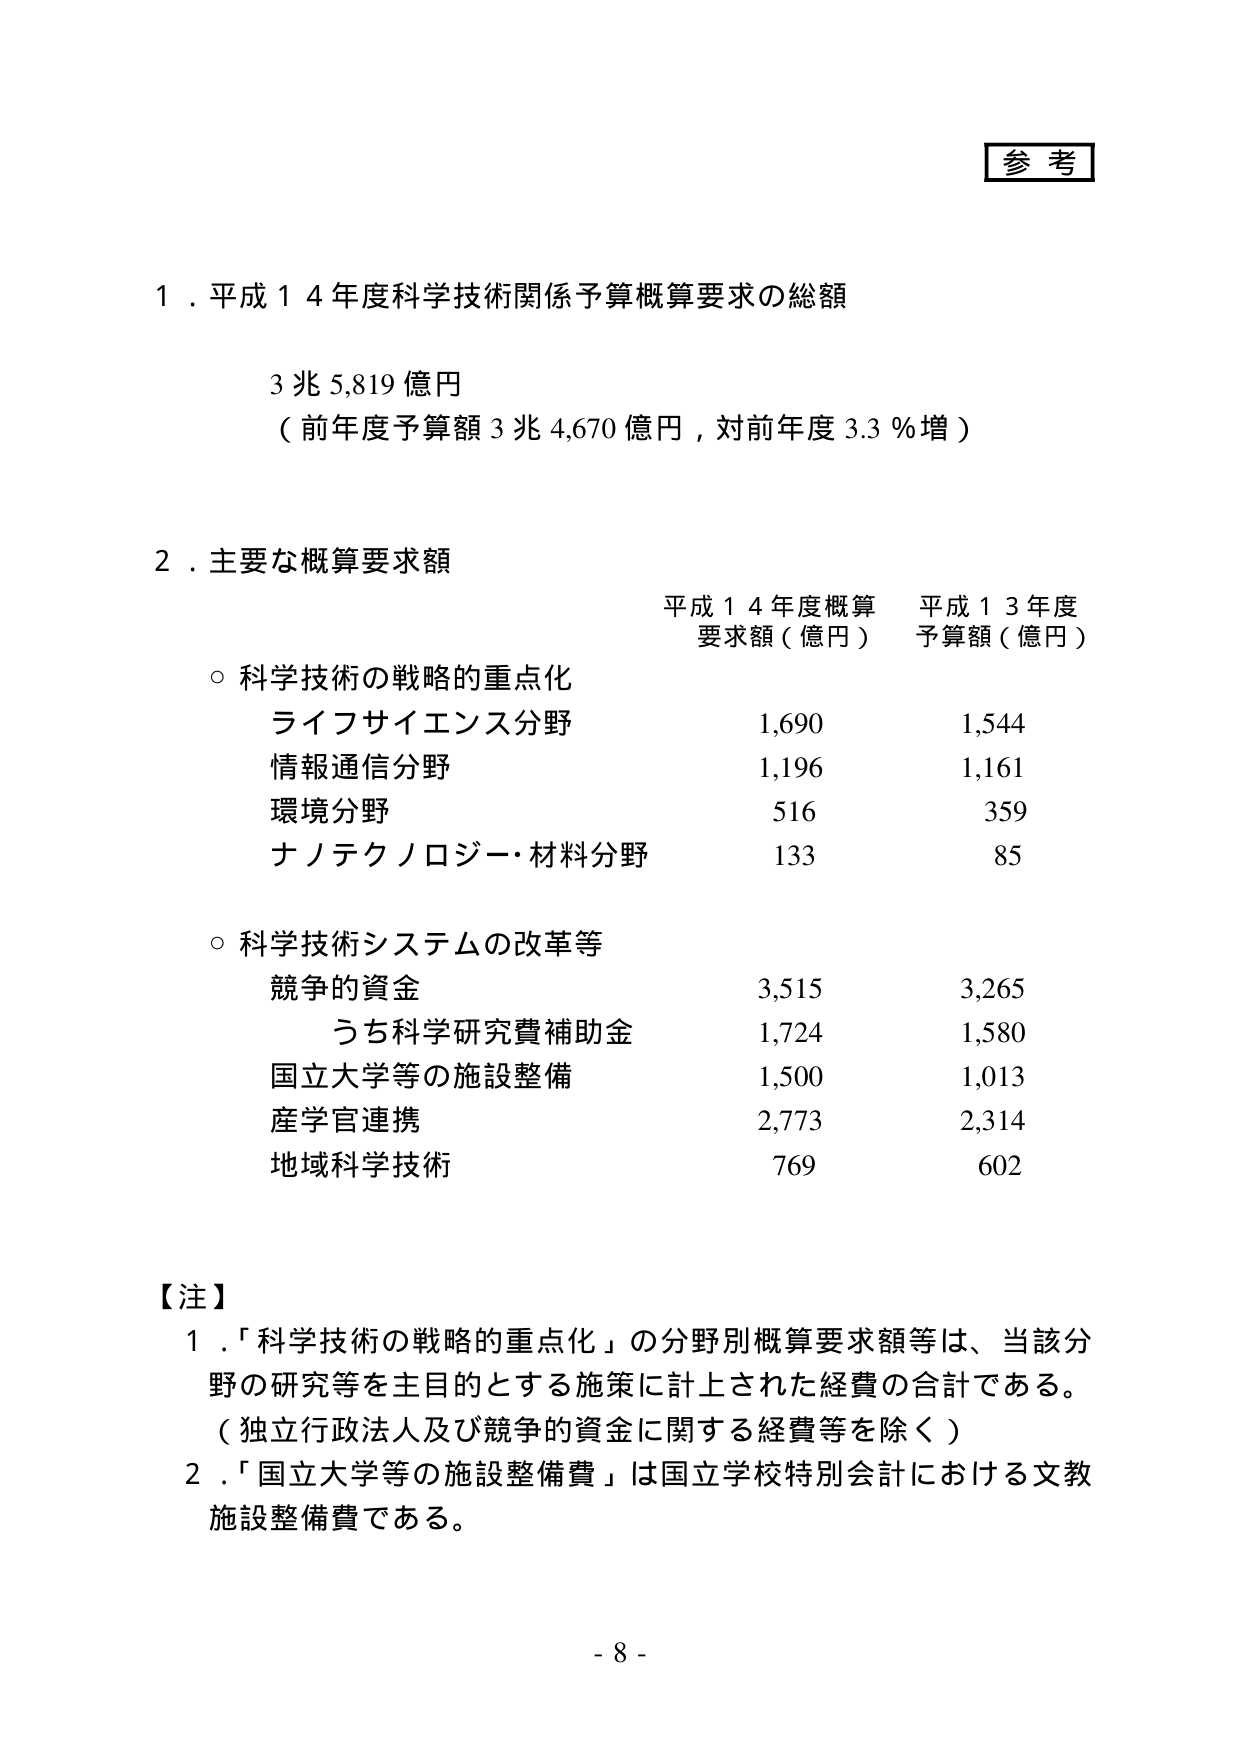
参考

１．平成１４年度科学技術関係予算概算要求の総額

　　３兆５,８１９億円
　　（前年度予算額３兆４,６７０億円，対前年度３.３％増）

２．主要な概算要求額

　　　　　　　　　　　　　平成１４年度概算　　　平成１３年度
　　　　　　　　　　　　　要求額（億円）　　　予算額（億円）

　○ 科学技術の戦略的重点化
　　　ライフサイエンス分野　　　　　　　　１,６９０　　　　１,５４４
　　　情報通信分野　　　　　　　　　　　　１,１９６　　　　１,１６１
　　　環境分野　　　　　　　　　　　　　　５１６　　　　　　３５９
　　　ナノテクノロジー・材料分野　　　　　１３３　　　　　　８５

　○ 科学技術システムの改革等
　　　競争的資金　　　　　　　　　　　　　３,５１５　　　　３,２６５
　　　　うち科学研究費補助金　　　　　　　　１,７２４　　　　１,５８０
　　　国立大学等の施設整備　　　　　　　　１,５００　　　　１,０１３
　　　産学官連携　　　　　　　　　　　　　２,７７３　　　　２,３１４
　　　地域科学技術　　　　　　　　　　　　７６９　　　　　　６０２

【注】
　１．「科学技術の戦略的重点化」の分野別概算要求額等は、当該分
　　野の研究等を主目的とする施策に計上された経費の合計である。
　　（独立行政法人及び競争的資金に関する経費等を除く）
　２．「国立大学等の施設整備費」は国立学校特別会計における文教
　　施設整備費である。

- 8 -